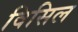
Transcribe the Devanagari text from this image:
विसिल